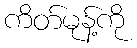
ကိတ်မုန့်ကို